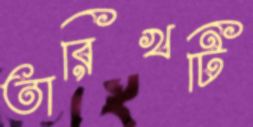
তারিখটি